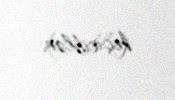
keçiriblər.